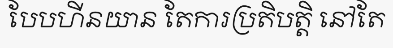
បែបហីនយាន តែការប្រតិបត្តិ នៅតែ